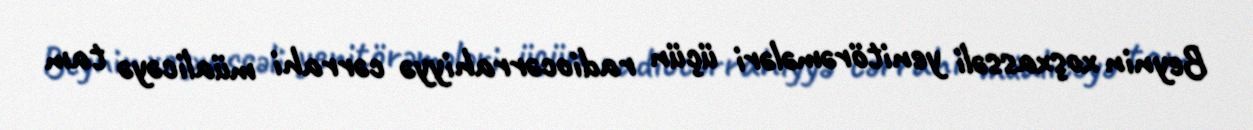
Beynin xoşxassəli yenitörəmələri üçün radiocərrahiyyə cərrahi müalicəyə tam